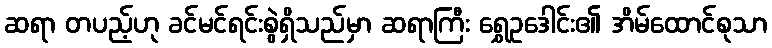
ဆရာ တပည့်ဟု ခင်မင်ရင်းစွဲရှိသည်မှာ ဆရာကြီး ရွှေဥဒေါင်း၏ အိမ်ထောင်စုသာ